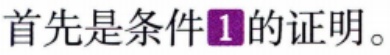
首先是条件\ding{192}的证明。